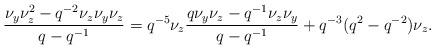
LaTeX: \begin{align*}\frac{\nu_y\nu_z^2-q^{-2}\nu_z\nu_y\nu_z}{q-q^{-1}} = q^{-5}\nu_z \frac{q\nu_y \nu_z-q^{-1}\nu_z\nu_y}{q-q^{-1}} + q^{-3}(q^2-q^{-2})\nu_z.\end{align*}